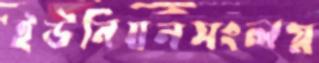
ইউনিয়নসংলগ্ন